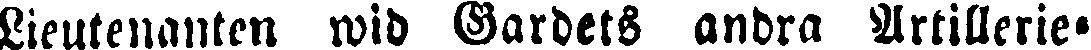
Lieutenanten wid Gardets andra Artillerie-